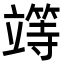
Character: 𥪸